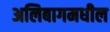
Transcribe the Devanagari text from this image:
अलिबागमधील